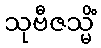
သုဗီဇသ္မိံ